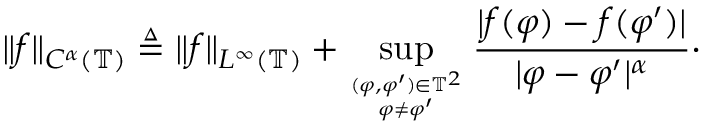
\| f \| _ { C ^ { \alpha } ( \mathbb { T } ) } \triangleq \| f \| _ { L ^ { \infty } ( \mathbb { T } ) } + \operatorname* { s u p } _ { ( \varphi , \varphi ^ { \prime } ) \in \mathbb { T } ^ { 2 } \atop \varphi \neq \varphi ^ { \prime } } \frac { | f ( \varphi ) - f ( \varphi ^ { \prime } ) | } { | \varphi - \varphi ^ { \prime } | ^ { \alpha } } \cdot